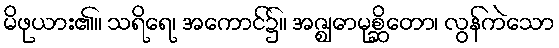
မိဖုယား၏။ သရိရေ၊ အကောင်၌။ အဇ္ဈောမုစ္ဆိတော၊ လွန်ကဲသော